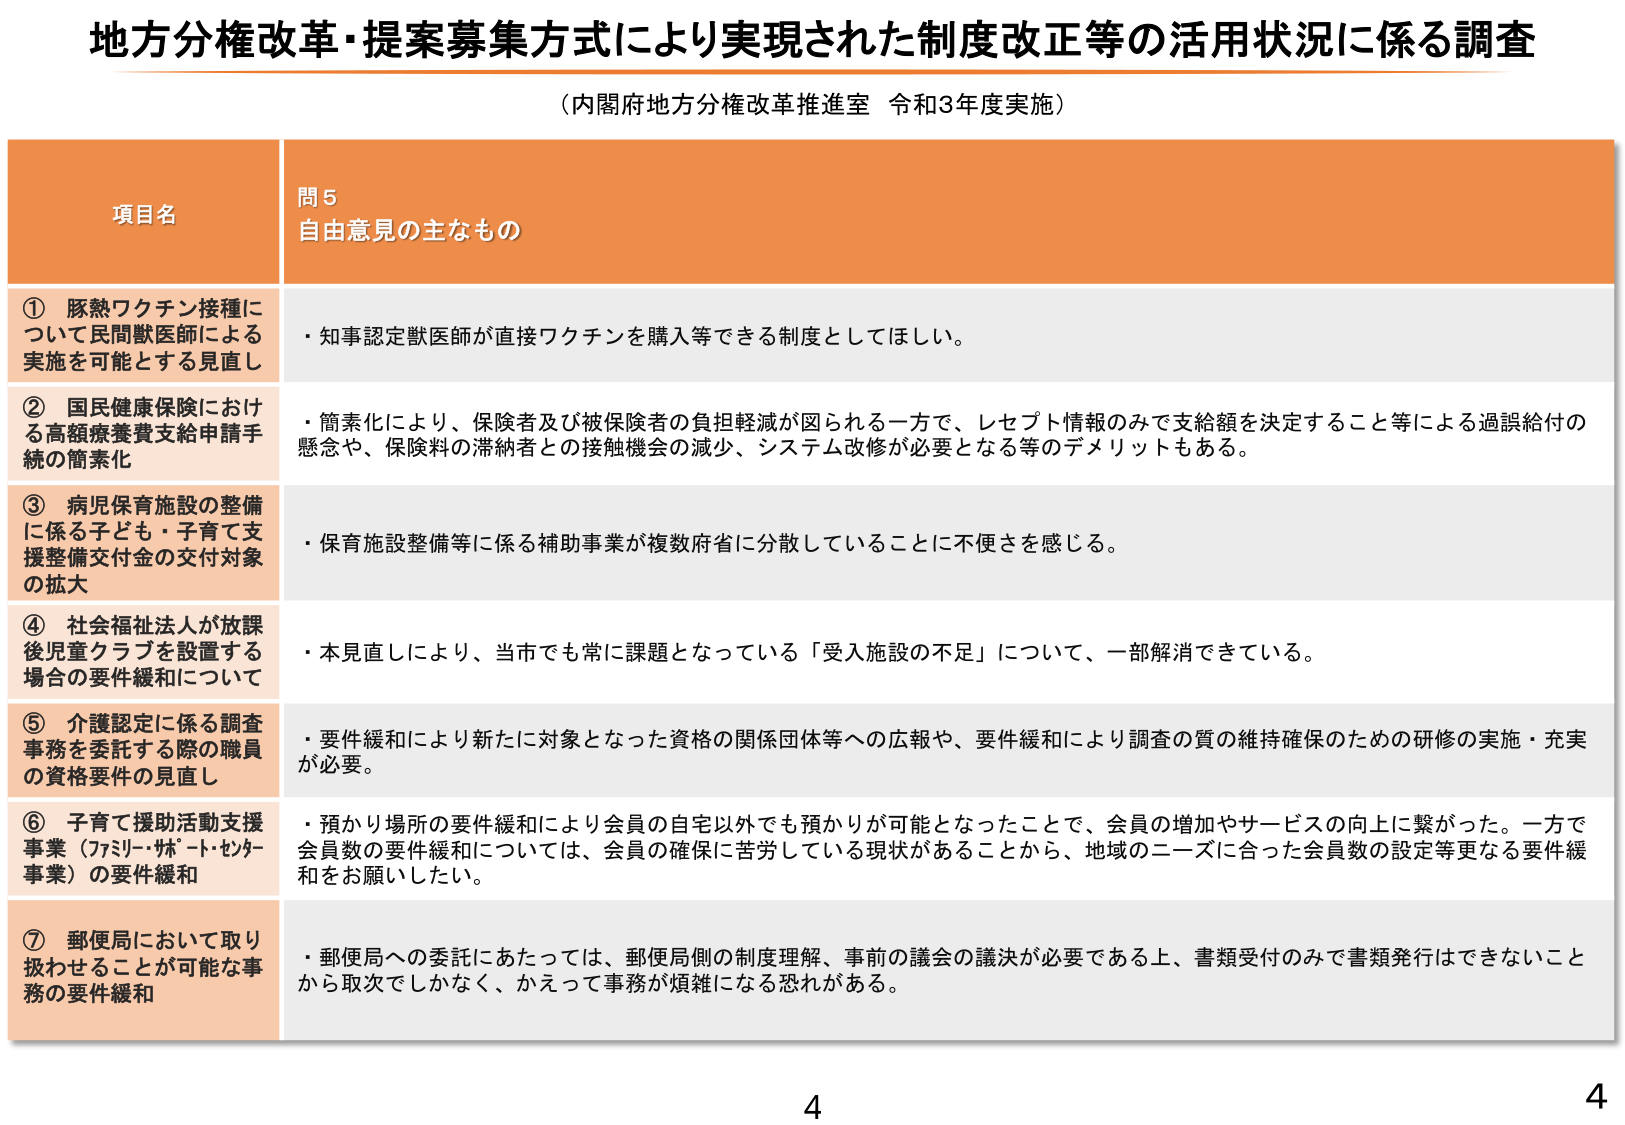
地方分権改革・提案募集方式により実現された制度改正等の活用状況に係る調査
（内閣府地方分権改革推進室 令和3年度実施）

項目名
問5
自由意見の主なもの

① 豚熱ワクチン接種について民間獣医師による実施を可能とする見直し
・知事認定獣医師が直接ワクチンを購入等できる制度としてほしい。

② 国民健康保険における高額療養費支給申請手続の簡素化
・簡素化により、保険者及び被保険者の負担軽減が図られる一方で、レセプト情報のみで支給額を決定すること等による過誤給付の懸念や、保険料の滞納者との接触機会の減少、システム改修が必要となる等のデメリットもある。

③ 病児保育施設の整備に係る子ども・子育て支援整備交付金の交付対象の拡大
・保育施設整備等に係る補助事業が複数府省に分散していることに不便さを感じる。

④ 社会福祉法人が放課後児童クラブを設置する場合の要件緩和について
・本見直しにより、当市でも常に課題となっている「受入施設の不足」について、一部解消できている。

⑤ 介護認定に係る調査事務を委託する際の職員の資格要件の見直し
・要件緩和により新たに対象となった資格の関係団体等への広報や、要件緩和により調査の質の維持確保のための研修の実施・充実が必要。

⑥ 子育て援助活動支援事業（ファミリー・サポート・センター事業）の要件緩和
・預かり場所の要件緩和により会員の自宅以外でも預かりが可能となったことで、会員の増加やサービスの向上に繋がった。一方で会員数の要件緩和については、会員の確保に苦労している現状があることから、地域のニーズに合った会員数の設定等更なる要件緩和をお願いしたい。

⑦ 郵便局において取り扱わせることが可能な事務の要件緩和
・郵便局への委託にあたっては、郵便局側の制度理解、事前の議会の議決が必要である上、書類受付のみで書類発行はできないことから取次でしかなく、かえって事務が煩雑になる恐れがある。

4
4